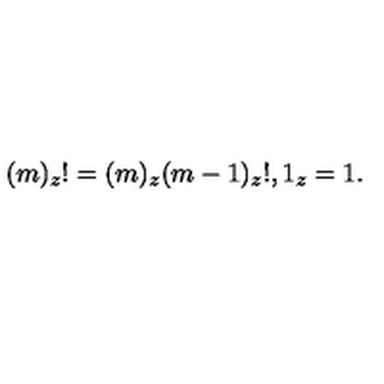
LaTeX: ( m ) _ { z } ! = ( m ) _ { z } ( m - 1 ) _ { z } ! , 1 _ { z } = 1 .